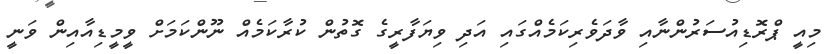
މިއީ ޕްރޮޑިއުސަރުންނާއި ވާދަވެރިކަމެއްގައި އަދި ވިޔަފާރީގެ ގޮތުން ކުރާކަމެއް ނޫންކަމަށް ވީމީޑިއާއިން ވަނީ